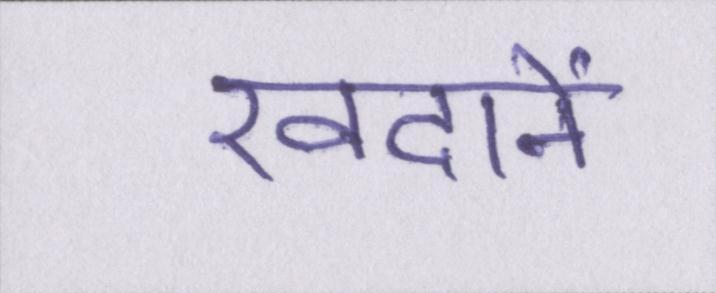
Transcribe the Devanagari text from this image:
खदानें